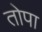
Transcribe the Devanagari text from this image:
तोपा